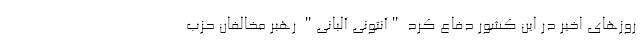
روزهای اخیر در این کشور دفاع کرد "آنتونی آلبانی" رهبر مخالفان حزب